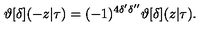
\vartheta [ \delta ] ( - z | \tau ) = ( - 1 ) ^ { 4 \delta ^ { \prime } \delta ^ { \prime \prime } } \vartheta [ \delta ] ( z | \tau ) .